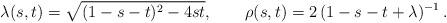
LaTeX: \begin{align*}\lambda(s,t) = \sqrt{(1-s-t)^2-4st}, \qquad \rho(s,t) = 2\,(1-s-t+\lambda)^{-1} \, .\end{align*}